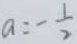
a = - \frac { 1 } { 2 }